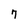
Character: 7